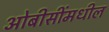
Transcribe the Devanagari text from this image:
ओबीसींमधील